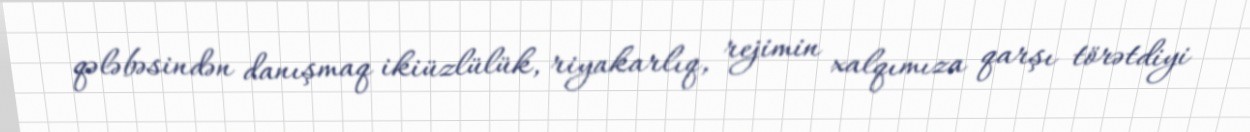
qələbəsindən danışmaq ikiüzlülük, riyakarlıq, rejimin xalqımıza qarşı törətdiyi